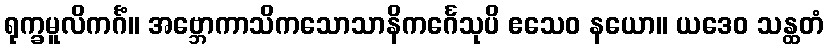
ရုက္ခမူလိကင်္ဂံ။ အဗ္ဘောကာသိကသောသာနိကင်္ဂေသုပိ ဧသေဝ နယော။ ယဒေဝ သန္ထတံ